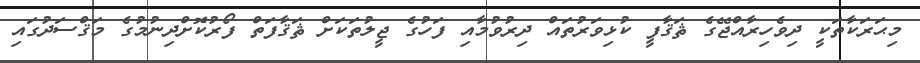
މިޙަރަކާތަކީ ދިވެހިރާއްޖޭގެ ޘަޤާފީ ކުޅިވަރުތައް ދިރުވުމާއި ފަހުގެ ޖީލުތަކަށް ޘަޤާފަތް ފޯރުކޮށްދިނުމުގެ މަޤްސަދުގައި